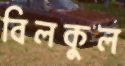
বিলকুল